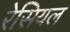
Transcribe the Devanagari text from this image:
रेसियल